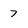
Character: 7